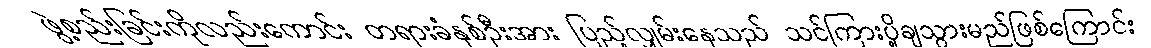
ဖွဲ့စည်းခြင်းကိုလည်းကောင်း တရားခံနှစ်ဦးအား ပြည့်လျှမ်းနေသည် သင်ကြားပို့ချသွားမည်ဖြစ်ကြောင်း